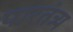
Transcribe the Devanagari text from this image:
पारतंत्र्य